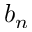
b _ { n }